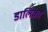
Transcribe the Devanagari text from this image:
डालिका